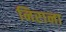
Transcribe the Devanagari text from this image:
निराना